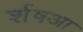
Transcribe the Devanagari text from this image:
र्शषआ